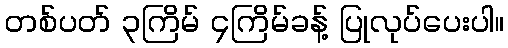
တစ်ပတ် ၃ကြိမ် ၄ကြိမ်ခန့် ပြုလုပ်ပေးပါ။